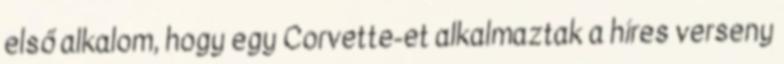
első alkalom, hogy egy Corvette-et alkalmaztak a híres verseny